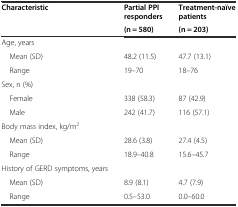
| Characteristic | Partial PPI responders | Treatment-naïve patients |
 |  | (n = 580) | (n = 203) |
 | --- | --- | --- |
 | Age, years |  |  |
 | Mean (SD) | 48.2 (11.5) | 47.7 (13.1) |
 | Range | 19–70 | 18–76 |
 | Sex, n (%) |  |  |
 | Female | 338 (58.3) | 87 (42.9) |
 | Male | 242 (41.7) | 116 (57.1) |
 | Body mass index, kg/m2 |  |  |
 | Mean (SD) | 28.6 (3.8) | 27.4 (4.5) |
 | Range | 18.9–40.8 | 15.6–45.7 |
 | History of GERD symptoms, years |  |  |
 | Mean (SD) | 8.9 (8.1) | 4.7 (7.9) |
 | Range | 0.5–53.0 | 0.0–60.0 |